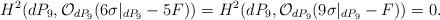
LaTeX: \begin{align*}H^{2} (dP_9,{\cal O}_{dP_9}(6 \sigma|_{dP_9}-5F)) =H^{2}(dP_9,{\cal O}_{dP_9}(9 \sigma|_{dP_9}-F))=0.\end{align*}